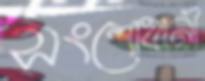
সংশোধানী